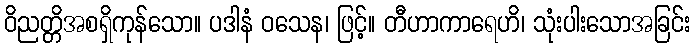
ဝိညတ္တိအစရှိကုန်သော။ ပဒါနံ ဝသေန၊ ဖြင့်။ တီဟာကာရေဟိ၊ သုံးပါးသောအခြင်း